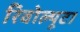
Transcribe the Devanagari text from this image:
रिवोल्यूटा